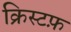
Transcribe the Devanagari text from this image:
क्रिस्टफ़